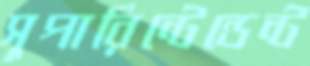
সুপারিন্টেন্ডেন্ট